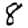
Digit: 8